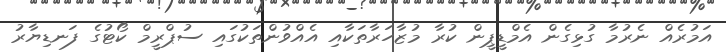
އަމުރެއް ނެރުމާ ގުޅިގެން އެމްޑީޕީން ކުރާ މުޒާހަރާތަކާއި އެއްވުންތަކުގައި ސުޕްރީމް ކޯޓުގެ ފަނޑިޔާރު